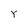
Character: Y